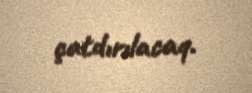
çatdırılacaq.